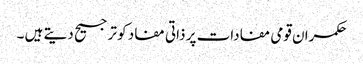
حکمران قومی مفادات پر ذاتی مفاد کو ترجیح دیتے ہیں ۔